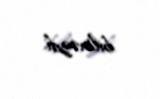
bilməzdi.